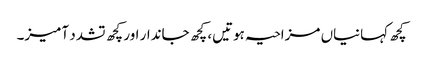
کچھ کہانیاں مزاحیہ ہوتیں، کچھ جاندار اور کچھ تشدد آمیز۔